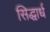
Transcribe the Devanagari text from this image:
सिद्धार्ध